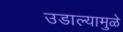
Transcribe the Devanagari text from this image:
उडाल्यामुळे